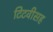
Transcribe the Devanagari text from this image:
टिटवीसह